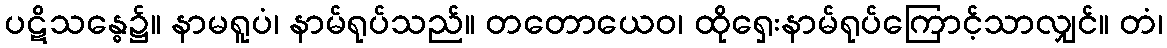
ပဋိသန္ဓေ၌။ နာမရူပံ၊ နာမ်ရုပ်သည်။ တတောယေဝ၊ ထိုရှေးနာမ်ရုပ်ကြောင့်သာလျှင်။ တံ၊